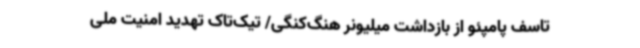
تاسف پامپئو از بازداشت میلیونر هنگ‌کنگی/ تیک‌تاک تهدید امنیت ملی